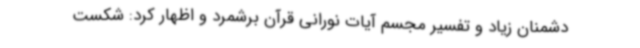
دشمنان زیاد و تفسیر مجسم آیات نورانی قرآن برشمرد و اظهار کرد: شکست